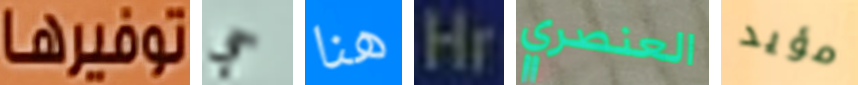
توفيرها حي هنا Hr العنصري مؤيد